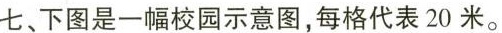
七、下图是一幅校园示意图，每格代表20米。